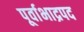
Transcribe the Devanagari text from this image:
पूर्वाभाद्रपद